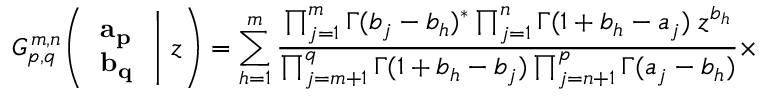
G _ { p , q } ^ { \, m , n } \! \left( \left. { \begin{array} { l } { \mathbf { a _ { p } } } \\ { \mathbf { b _ { q } } } \end{array} } \; \right| \, z \right) = \sum _ { h = 1 } ^ { m } { \frac { \prod _ { j = 1 } ^ { m } \Gamma ( b _ { j } - b _ { h } ) ^ { * } \prod _ { j = 1 } ^ { n } \Gamma ( 1 + b _ { h } - a _ { j } ) \; z ^ { b _ { h } } } { \prod _ { j = m + 1 } ^ { q } \Gamma ( 1 + b _ { h } - b _ { j } ) \prod _ { j = n + 1 } ^ { p } \Gamma ( a _ { j } - b _ { h } ) } } \times